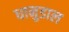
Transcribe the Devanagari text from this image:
धानुडाल